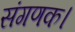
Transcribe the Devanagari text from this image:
संगणक।